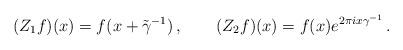
LaTeX: \begin{align*}(Z_{1}f)(x) = f(x + \tilde \gamma^{-1}) \, , \qquad (Z_{2} f)(x) = f(x)e^{2\pi i x\gamma^{-1}} \, .\end{align*}